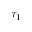
\tau _ { 1 }